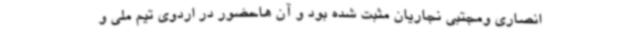
انصاری ومجتبی نجاریان مثبت شده بود و آن هاحضور در اردوی تیم ملی و